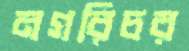
নগরিচর